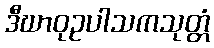
ဒီဃာဝုဥပါသကသုတ္တံ